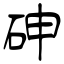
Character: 砷